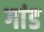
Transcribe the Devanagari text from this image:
गांड